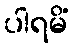
ပါရမိံ